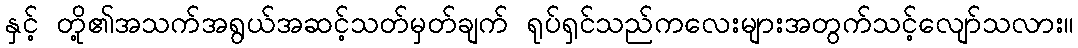
နှင့် တို့၏အသက်အရွယ်အဆင့်သတ်မှတ်ချက် ရုပ်ရှင်သည်ကလေးများအတွက်သင့်လျော်သလား။